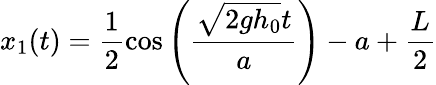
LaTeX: x_{1}(t)=\frac{1}{2}\cos\left(\frac{\sqrt{2gh_{0}}t}{a}\right)-a+\frac{L}{2}